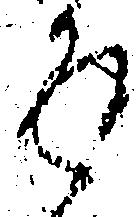
返